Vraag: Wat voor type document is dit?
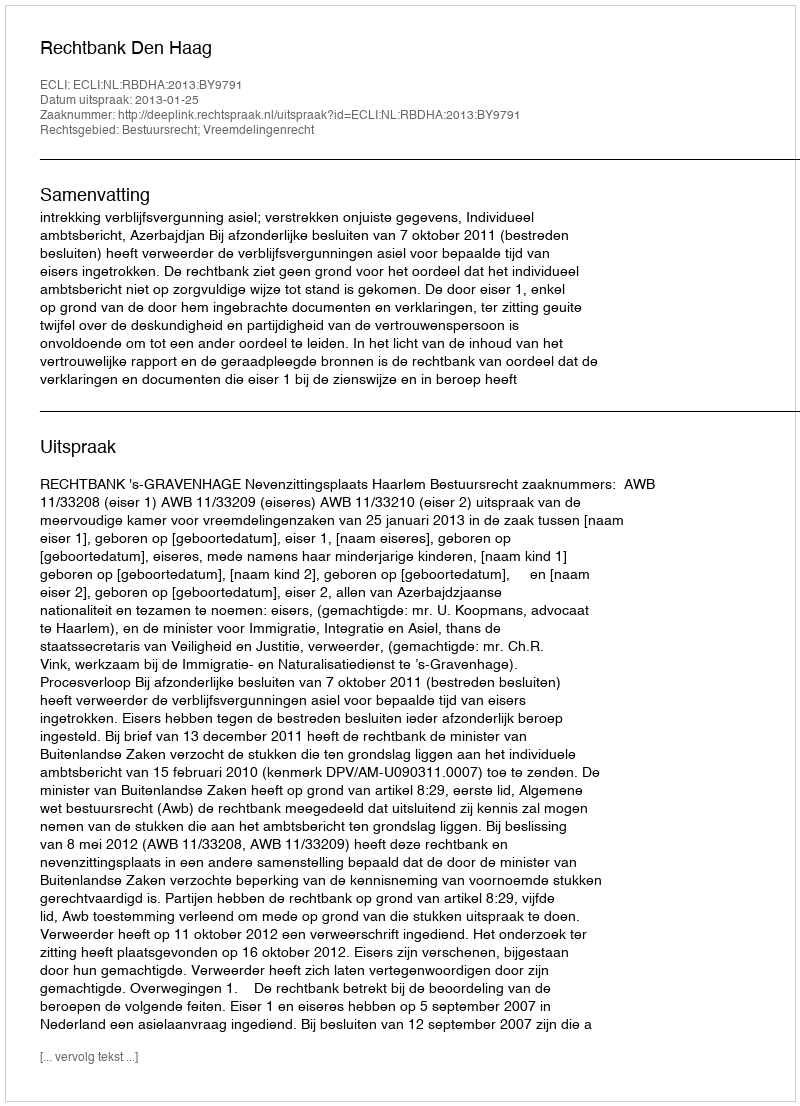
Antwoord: Uitspraak